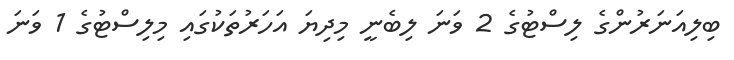
ބިލިއަނަރުންގެ ލިސްޓުގެ 2 ވަނަ ލިބެނީ މިދިޔަ އަހަރުތަކުގައި މިލިސްޓުގެ 1 ވަނަ